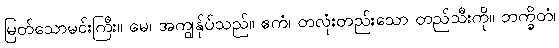
မြတ်သောမင်းကြီး။ မေ၊ အကျွန်ုပ်သည်။ ဧကံ၊ တလုံးတည်းသော တည်သီးကို။ ဘက္ခိတံ၊